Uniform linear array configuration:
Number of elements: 4
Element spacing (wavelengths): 0.5
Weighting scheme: cosine
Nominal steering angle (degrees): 15
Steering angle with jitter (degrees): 15.815
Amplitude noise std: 0.05
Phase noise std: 0.05

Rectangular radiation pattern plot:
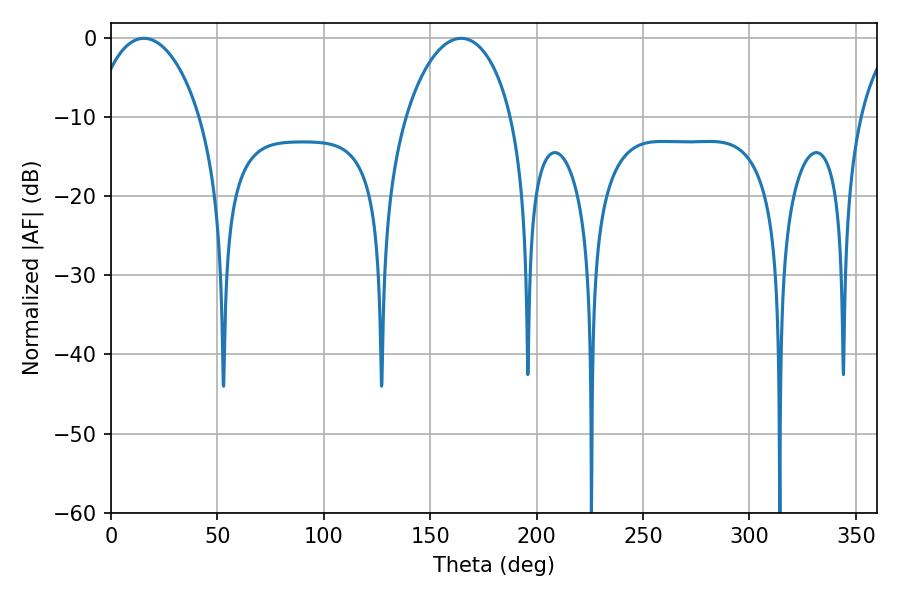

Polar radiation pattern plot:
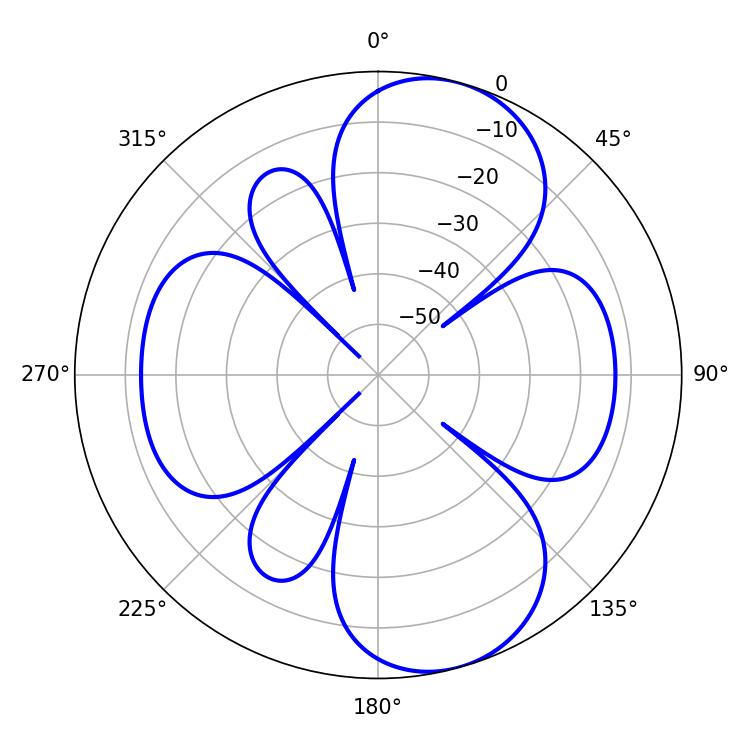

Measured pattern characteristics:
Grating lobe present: FALSE
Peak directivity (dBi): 8.767
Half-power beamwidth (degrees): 28.62
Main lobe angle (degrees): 164.52